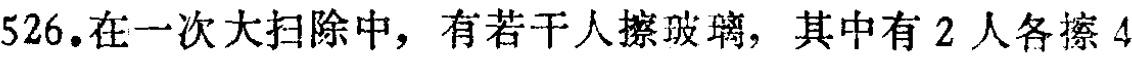
526.在一次大扫除中，有若干人擦玻璃，其中有2人各擦4